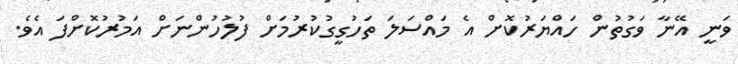
ވަނީ އޭނާ ވަގުތުން ހައްޔަރުކޮށް އެ މައްސަލަ ތަހުގީގުކުރުމަށް ފުލުހުންނަށް އަމުރުކޮށްފަ އެވެ.